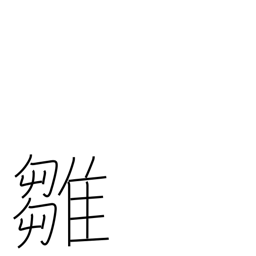
Meaning: chick